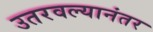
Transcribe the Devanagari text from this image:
उतरवल्यानंतर